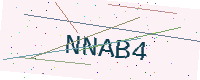
Text: NNAB4